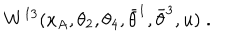
LaTeX: W ^ { 1 3 } ( x _ { A } , \theta _ { 2 } , \theta _ { 4 } , \bar { \theta } ^ { 1 } , \bar { \theta } ^ { 3 } , u ) \; .